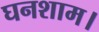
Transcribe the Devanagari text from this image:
घनशाम।